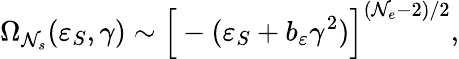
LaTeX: \Omega_{\mathcal{N}_{s}}(\varepsilon_{S},\gamma)\sim\Big[-(\varepsilon_{S}+b_{\varepsilon}\gamma^{2})\Big]^{(\mathcal{N}_{e}-2)/2},